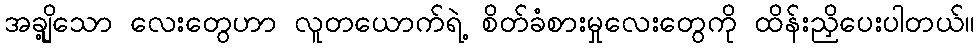
အချို့သော လေးတွေဟာ လူတယောက်ရဲ့ စိတ်ခံစားမှုလေးတွေကို ထိန်းညှိပေးပါတယ်။